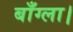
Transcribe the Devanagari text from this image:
बाँग्ला।